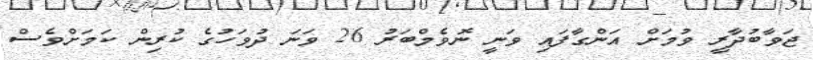
ޖަވާބުދާރީ ވުމަށް އަންގާފައި ވަނީ ނޮވެމްބަރު 26 ވަނަ ދުވަހުގެ ކުރިން ކަމަށްވެސް